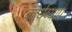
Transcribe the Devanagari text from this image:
कार्यव्याप